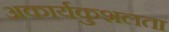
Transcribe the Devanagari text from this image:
अकार्यकुशलता